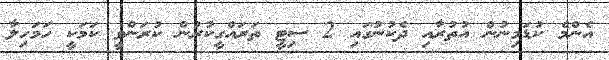
އެންމެ ކުޑަމިނުން އުތުރާއި ދެކުނުގައި 2 ސިޓީ ތަރައްގީކުރުން ކުރަންވީ ކަަމަކީ ހަމަހިލާ